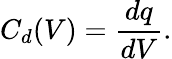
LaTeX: C_{d}(V)=\frac{dq}{dV}.